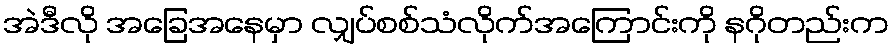
အဲဒီလို အခြေအနေမှာ လျှပ်စစ်သံလိုက်အကြောင်းကို နဂိုတည်းက